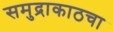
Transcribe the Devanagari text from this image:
समुद्राकाठचा